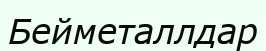
Бейметаллдар